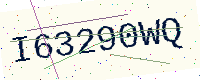
Text: I63290WQ